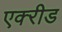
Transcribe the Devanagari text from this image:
एक्‍रीड